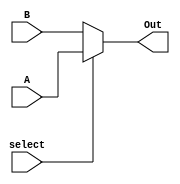
module mux2to1_beh(Out, A, B, select);
  input A, B, select;
  output Out;
  reg Out;
  always@(A or B or select)
  if(select==1)
    Out = A;
  else
    Out = B;
endmodule